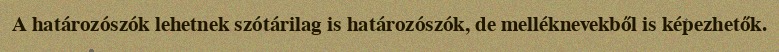
A határozószók lehetnek szótárilag is határozószók, de melléknevekből is képezhetők.